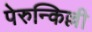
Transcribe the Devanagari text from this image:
पेरुन्किल्ली